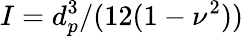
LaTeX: I=d_{p}^{3}/(12(1-\nu^{2}))